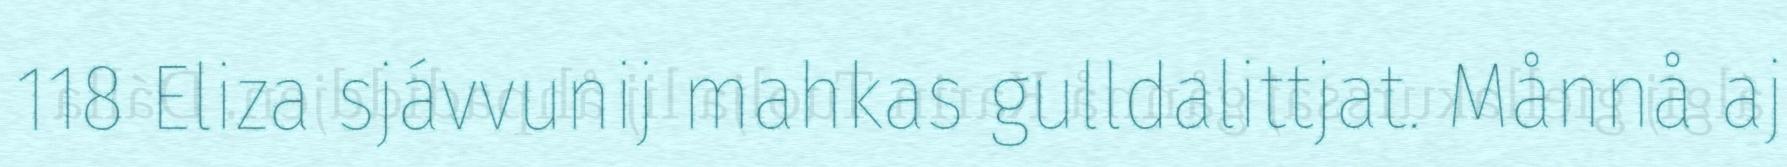
118 Eliza sjávvunij mahkas gulldalittjat. Månnå aj